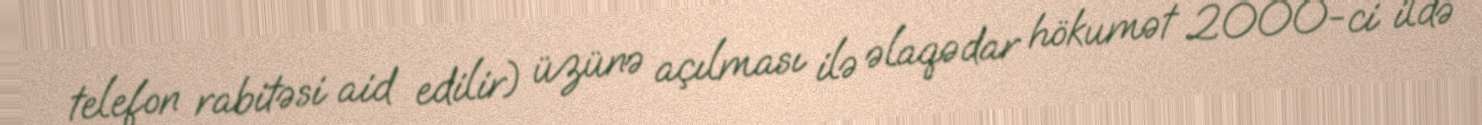
telefon rabitəsi aid edilir) üzünə açılması ilə əlaqədar hökumət 2000-ci ildə